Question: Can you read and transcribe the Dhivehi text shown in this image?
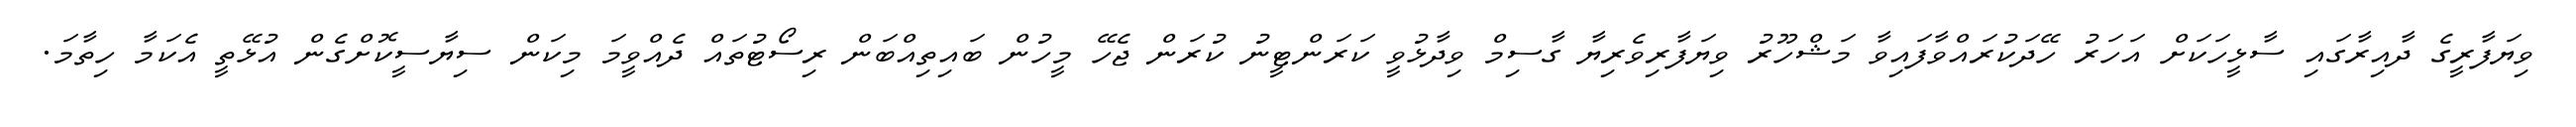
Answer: ވިޔަފާރީގެ ދާއިރާގައި ސާޅީހަކަށް އަހަރު ހޭދަކުރައްވާފައިވާ މަޝްހޫރު ވިޔަފާރިވެރިޔާ ގާސިމް ވިދާޅުވީ ކަރަންޓީނު ކުރަން ޖެހޭ މީހުން ބައިތިއްބަން ރިސޯޓުތައް ދެއްވީމަ މިކަން ސިޔާސީކޮށްގެން އުޅޭތީ އެކަމާ ހިތާމަ.